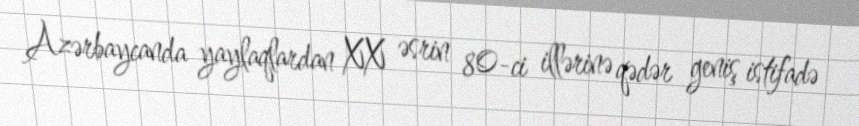
Azərbaycanda yaylaqlardan XX əsrin 80-ci illərinə qədər geniş istifadə